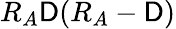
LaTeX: R_{A}\mathsf{D}(R_{A}-\mathsf{D})